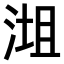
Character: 𣶝